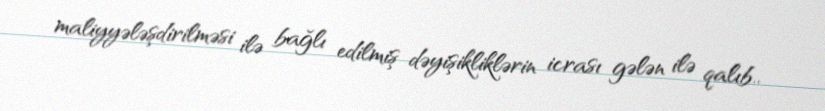
maliyyələşdirilməsi ilə bağlı edilmiş dəyişikliklərin icrası gələn ilə qalıb..